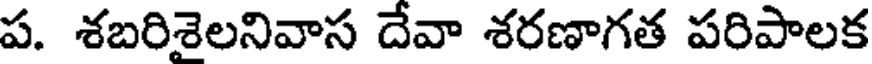
ప. శబరిశైలనివాస దేవా శరణాగత పరిపాలక